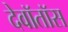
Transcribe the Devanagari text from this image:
देवॉतॉस